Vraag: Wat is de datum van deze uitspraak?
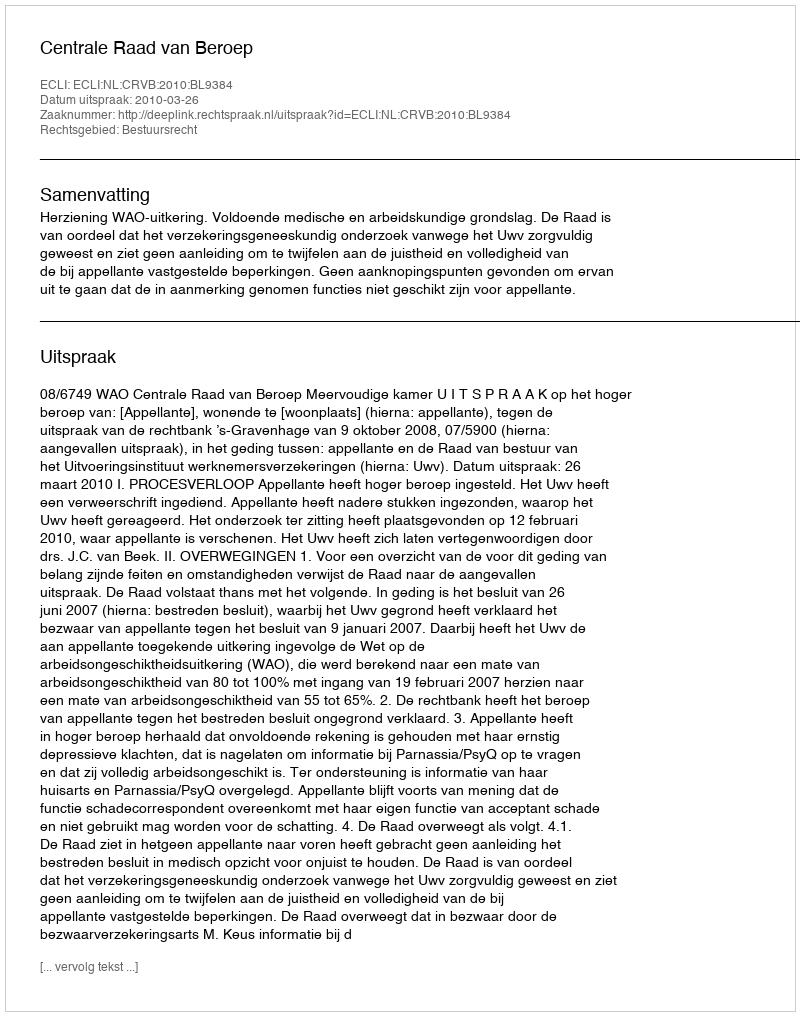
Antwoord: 2010-03-26